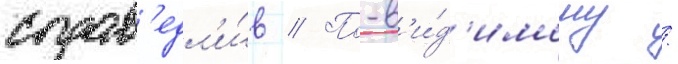
справ'едл'и́в // По-в'и́д'имому /